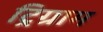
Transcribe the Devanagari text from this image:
ट्रिग्राम